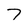
Character: 7